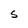
Character: S